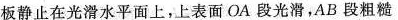
板静止在光滑水平面上，上表面OA段光滑，AB段粗糙